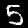
Digit: 5